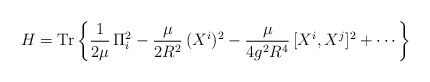
\begin{align*}H={\rm Tr}\left\{\frac{1}{2\mu}\,\Pi_{i}^{2}-\frac{\mu}{2R^{2}}\,(X^{i})^{2}-\frac{\mu}{4g^{2}R^{4}}\,[X^{i},X^{j}]^{2}+\cdots\right\}\end{align*}